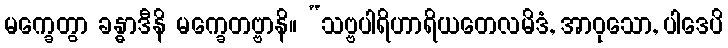
မက္ခေတွာ ခန္ဓာဒီနိ မက္ခေတဗ္ဗာနိ။ “သဗ္ဗပါရိဟာရိယတေလမိဒံ, အာဝုသော, ပါဒေပိ